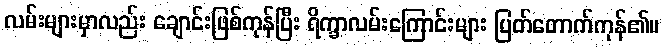
လမ်းများမှာလည်း ချောင်းဖြစ်ကုန်ပြီး ရိက္ခာလမ်းကြောင်းများ ပြတ်တောက်ကုန်၏။